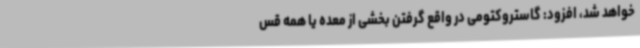
خواهد شد، افزود: گاستروکتومی در واقع گرفتن بخشی از معده یا همه قس